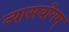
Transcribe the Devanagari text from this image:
न्यासयोगम्